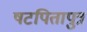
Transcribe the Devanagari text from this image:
षटपितापुत्र